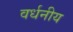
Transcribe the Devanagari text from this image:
वर्धनीय